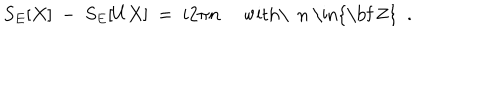
S _ { E } [ X ] \ - \ S _ { E } [ U X ] \ = \ i 2 \pi n \quad \mathrm { ~ w i t h \ ~ n ~ \in { \bf ~ Z } ~ } \ .